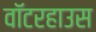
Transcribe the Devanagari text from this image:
वॉटरहाउस